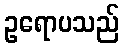
ဥရောပသည်